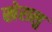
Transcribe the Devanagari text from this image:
खेरालु